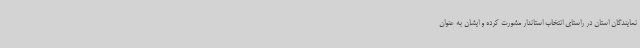
نمایندگان استان در راستای انتخاب استاندار مشورت کرده و ایشان به عنوان